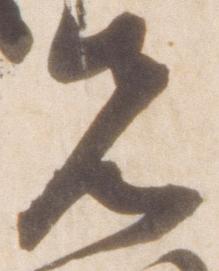
先